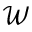
\mathcal { W }